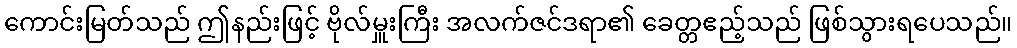
ကောင်းမြတ်သည် ဤနည်းဖြင့် ဗိုလ်မှူးကြီး အလက်ဇင်ဒရာ၏ ခေတ္တဧည့်သည် ဖြစ်သွားရပေသည်။